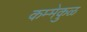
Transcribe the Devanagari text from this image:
कम्मेकुळ